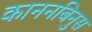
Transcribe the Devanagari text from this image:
काननबिनुस